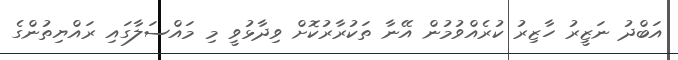
އަބްދު ނަޒީރު ހާޒިރު ކުރެއްވުމުން އޭނާ ތަކުރާރުކޮށް ވިދާޅުވީ މި މައްސަލާގައި ރައްޔިތުންގެ